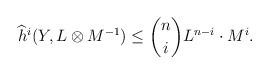
LaTeX: \begin{align*}\widehat{h}^i(Y,L \otimes M^{-1}) \leq \binom{n}{i} L^{n-i} \cdot M^i.\end{align*}